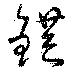
鋩